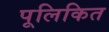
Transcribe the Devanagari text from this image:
पूलिकित